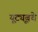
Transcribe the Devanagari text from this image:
यूट्यूबचे